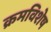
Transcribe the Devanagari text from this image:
क्रमविशेष